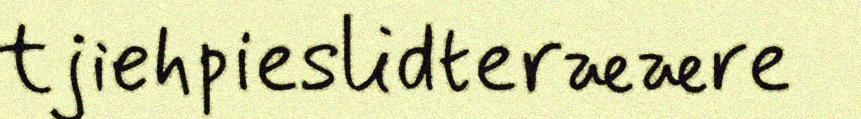
tjiehpieslidteræære